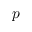
p